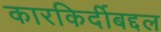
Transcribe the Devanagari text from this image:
कारकिर्दीबद्दल